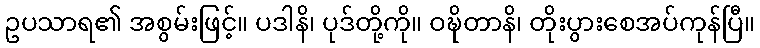
ဥပသာရ၏ အစွမ်းဖြင့်။ ပဒါနိ၊ ပုဒ်တို့ကို။ ဝဍ္ဎိတာနိ၊ တိုးပွားစေအပ်ကုန်ပြီ။